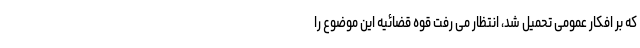
که بر افکار عمومی تحمیل شد، انتظار می رفت قوه قضائیه این موضوع را